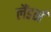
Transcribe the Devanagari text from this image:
लैंडर्स